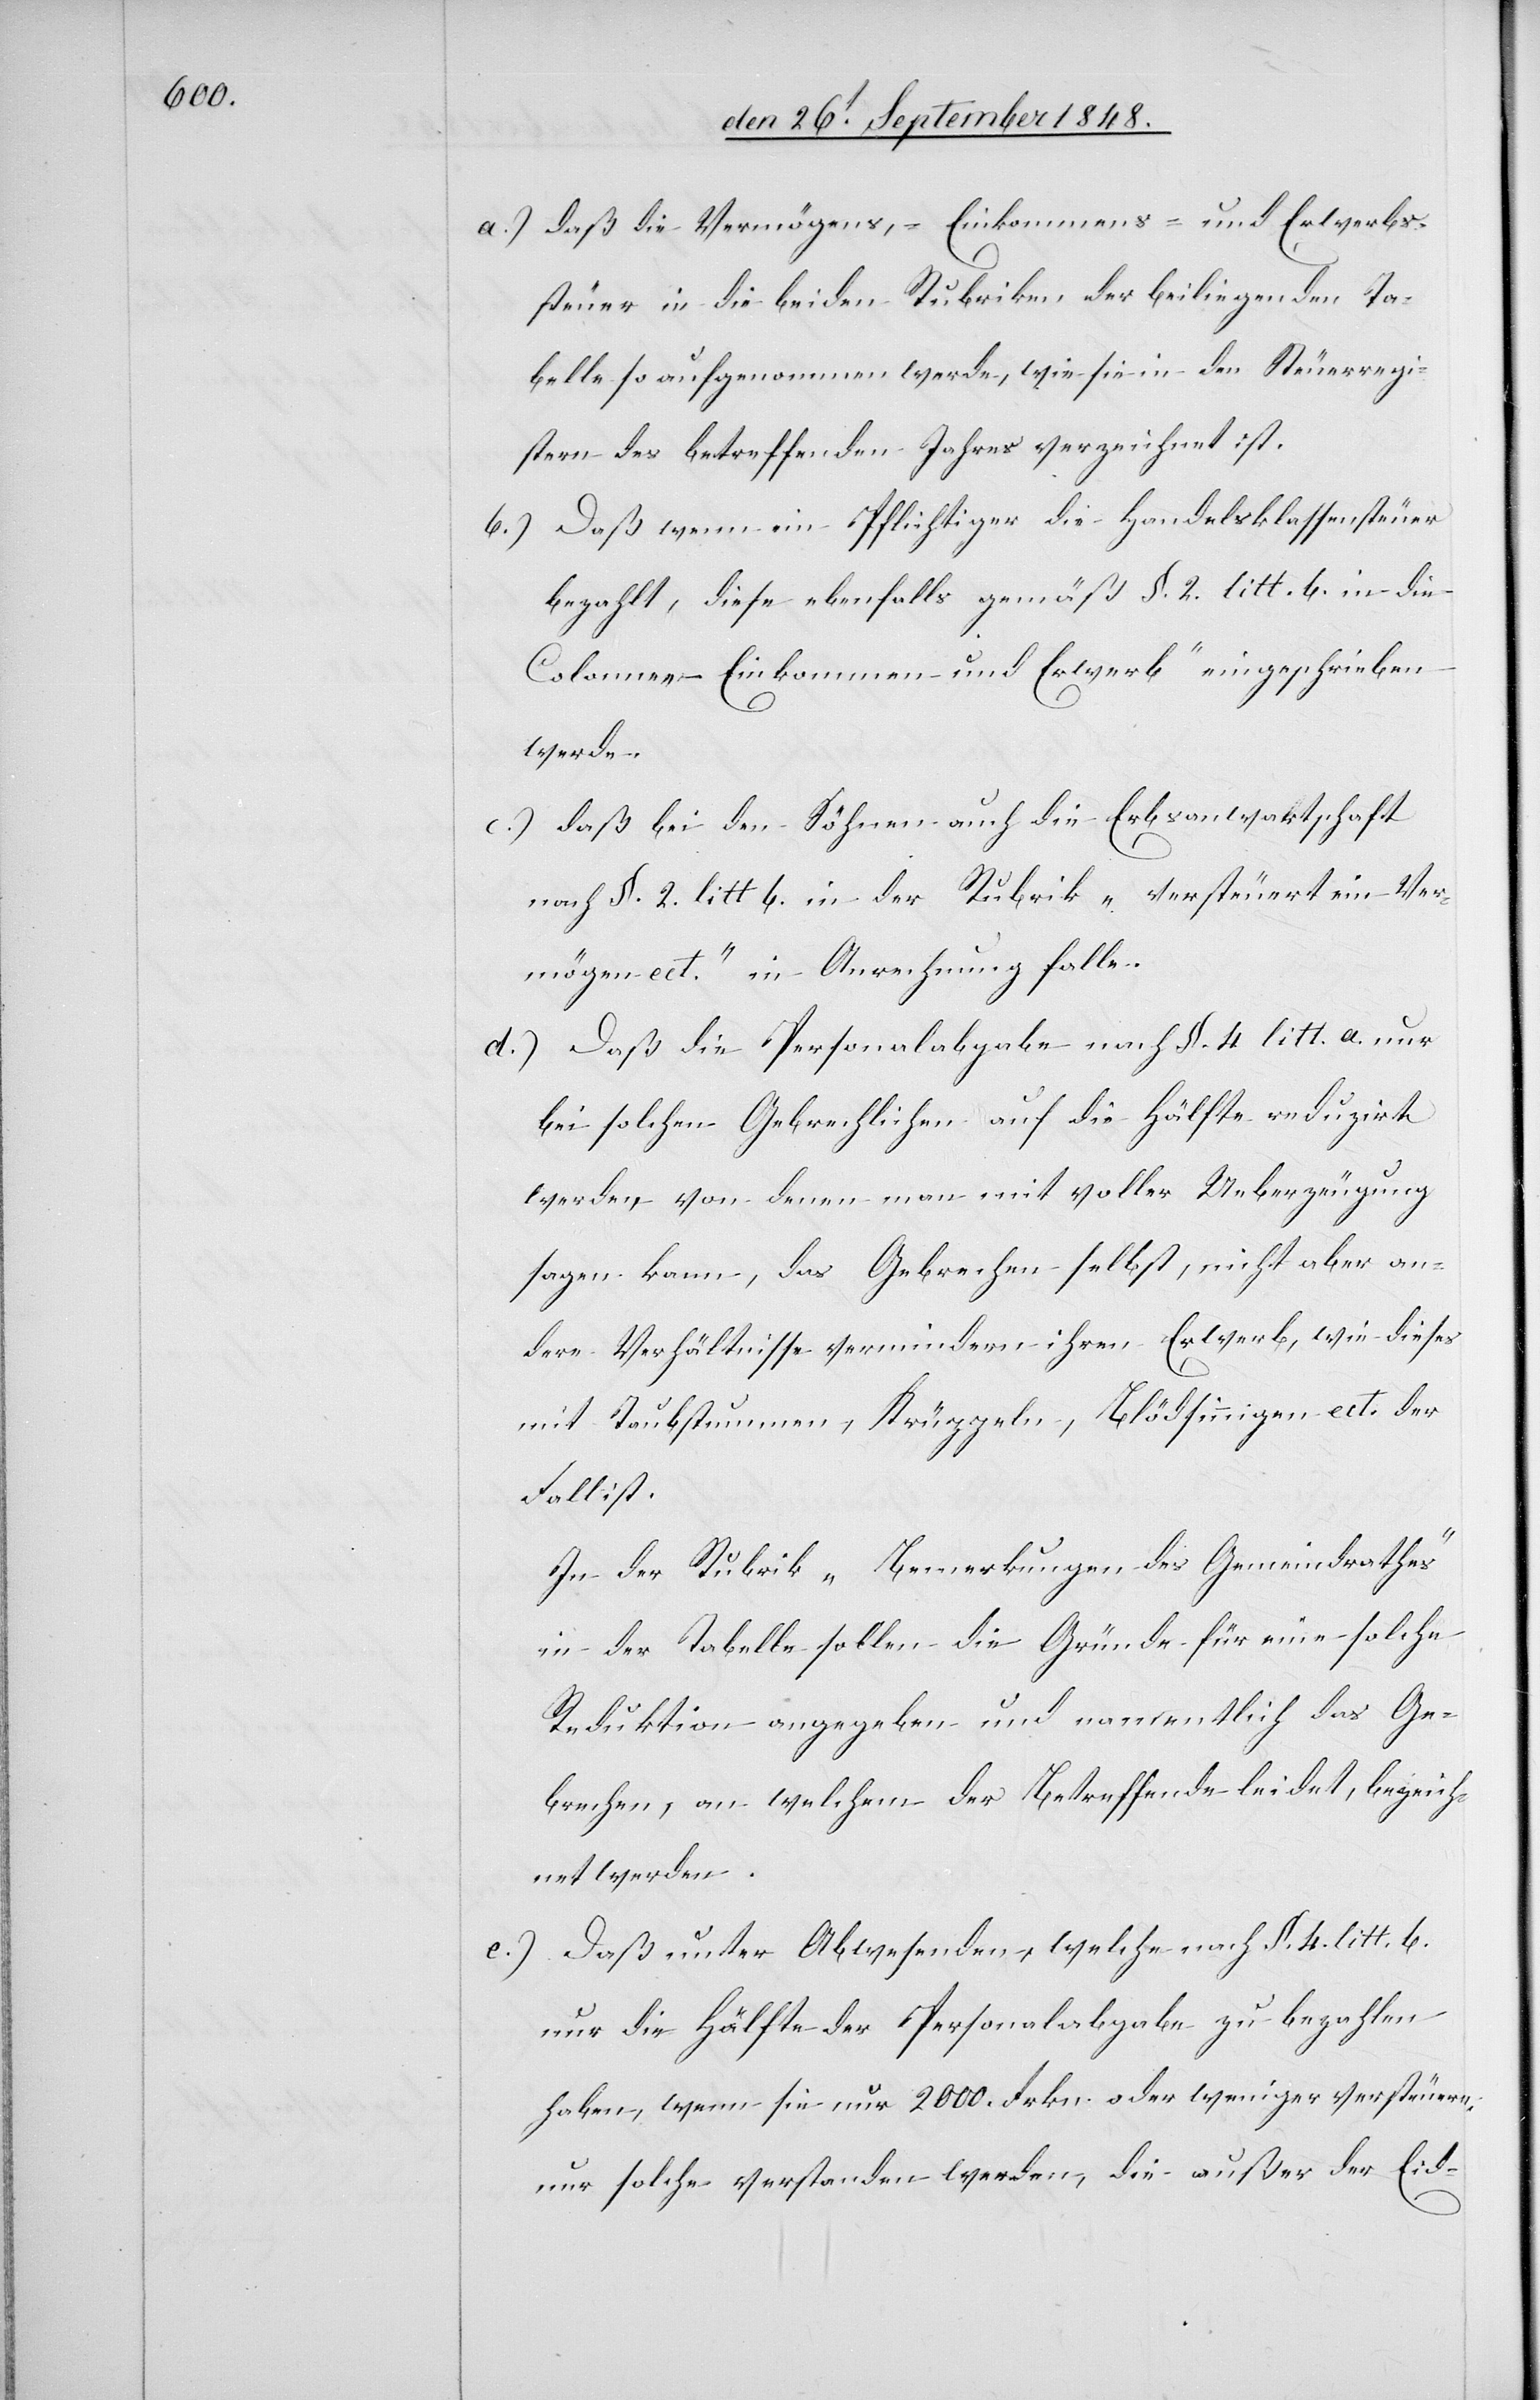
a.) daß die Vermögens-, Einkommens- und Erwerbs¬
steuer in die beiden Rubriken der beiliegenden Ta¬
belle so aufgenommen werde, wie sie in den Steuerregi¬
stern des betreffenden Jahres verzeichnet ist.
b.) Daß wenn ein Pflichtiger die Handelsklassensteuer
bezahlt, diese ebenfalls gemäß §. 2. litt. b. in die
Colonne [„]Einkommen und Erwerb“ eingeschrieben
werde.
c.) daß bei den Söhnen auch die Erbsanwaktschaft
nach §. 2. litt b. in der Rubrik „versteuert ein Ver¬
mögen etc.“ in Anrechnung falle.
d.) Daß die Personalabgabe nach §. 4. litt. a. nur
bei solchen Gebrechlichen auf die Hälfte reduzirt
werde, von denen man mit voller Ueberzeugung
sagen kann, das Gebrechen selbst, nicht aber an¬
dere Verhältnisse vermindern ihren Erwerb, wie dieses
mit Taubstummen, Krüppeln, Blödsinnigen ect. der
Fall ist.
In der Rubrik „Bemerkungen des Gemeindrathes“
in der Tabelle sollen die Gründe für eine solche
Reduktion angegeben und namentlich das Ge¬
brechen, an welchem der Betreffende leidet, bezeich¬
net werden.
e.) Daß unter Abwesenden,w elche nach §. 4. litt. b.
nur die Hälfte der Personalabgabe zu bezahlen
haben, wenn sie nur 2000. Frkn. oder weniger versteuern,
nur solche verstanden werden, die außer der Eid-